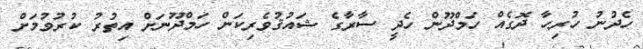
ހެދުނު ހުރިހާ ދޮގެއް ހަމްދޫން ހެދީ ސާރާގެ ޝައުޤުވެރިކަން ހަމްދޫނަށް އިތުރު ކުރުވުމަށް